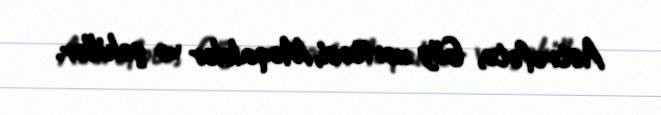
Astrofoto, Göy xəritəsi, Məqalələr və şəkillər.